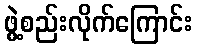
ဖွဲ့စည်းလိုက်ကြောင်း